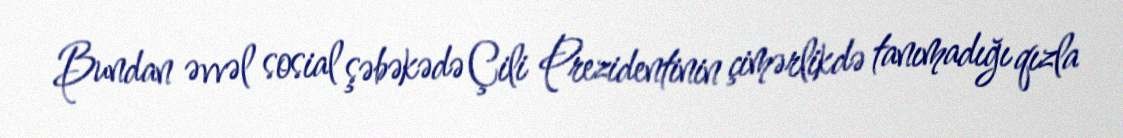
Bundan əvvəl sosial şəbəkədə Çili Prezidentinin çimərlikdə tanımadığı qızla